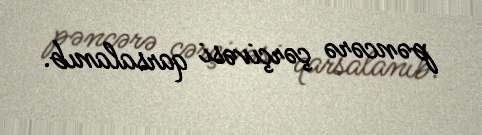
pəncərə çərçivəsi qarsalanıb.